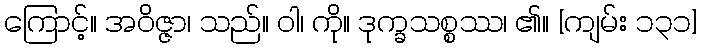
ကြောင့်။ အဝိဇ္ဇာ၊ သည်။ ဝါ၊ ကို။ ဒုက္ခသစ္စဿ၊ ၏။ [ကျမ်း ၁၃၁]